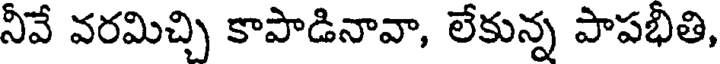
నీవే వరమిచ్చి కాపాడినావా, లేకున్న పాపభితి,